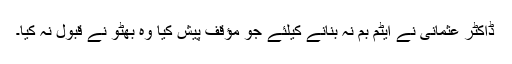
ڈاکٹر عثمانی نے ایٹم بم نہ بنانے کیلئے جو مؤقف پیش کیا وہ بھٹو نے قبول نہ کیا۔